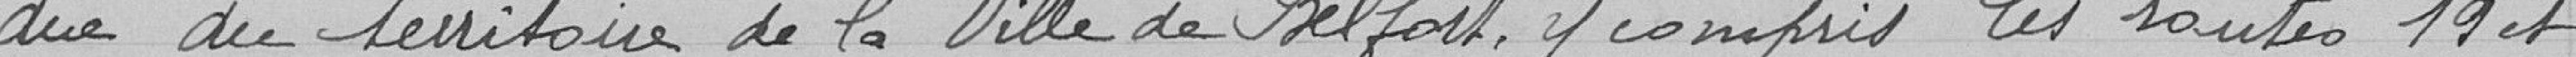
due du territoire de la Ville de Belfort, y compris les routes 19 et